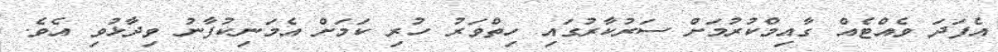
އެފަދަ ވެއްޓެއް ގާއިމްކުރުމަށް ސަރުކާރުގައި ހިތްވަރު ހުރި ކަމަށް އެމަނިކުފާނު ވިދާޅުވި އެވެ.